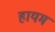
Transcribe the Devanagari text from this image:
हायम